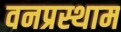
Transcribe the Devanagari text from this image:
वनप्रस्थाम